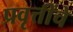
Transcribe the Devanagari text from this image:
प्रवृत्तींचे